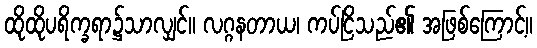
ထိုထိုပရိက္ခရာ၌သာလျှင်။ လဂ္ဂနတာယ၊ ကပ်ငြိသည်၏ အဖြစ်ကြောင့်။